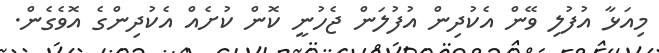
މިއަޅާ އުފުލި ވޭން އެކުދިން އުފުލަން ޖެހުނީ ކޮން ކުށެއް އެކުދިންގެ އޮވެގެން.